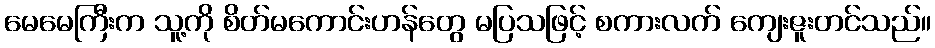
မေမေကြီးက သူ့ကို စိတ်မကောင်းဟန်တွေ မပြသဖြင့် စကားလက် ကျေးဇူးတင်သည်။